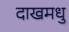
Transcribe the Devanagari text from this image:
दाखमधु